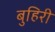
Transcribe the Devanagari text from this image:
बुहिरी